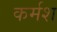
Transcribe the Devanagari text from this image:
कर्मश